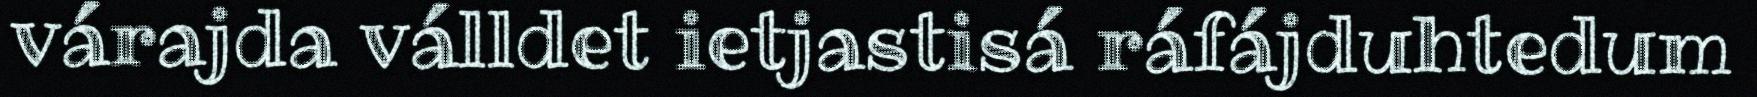
várajda válldet ietjastisá ráfájduhtedum